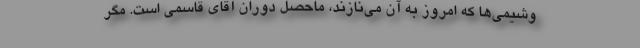
وشیمی‌ها که امروز به آن می‌نازند، ماحصل دوران آقای قاسمی است. مگر